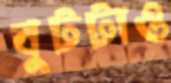
বুটটাও